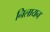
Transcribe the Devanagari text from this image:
निलायन